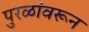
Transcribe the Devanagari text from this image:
पुरळांवरून